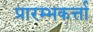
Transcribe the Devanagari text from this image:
प्रारम्भकर्त्ता